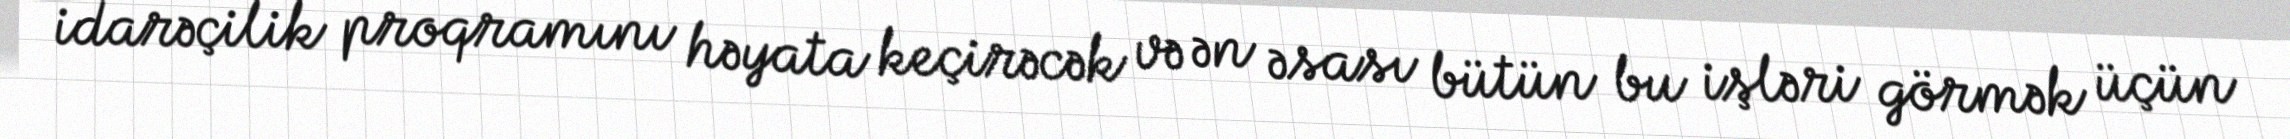
idarəçilik proqramını həyata keçirəcək və ən əsası bütün bu işləri görmək üçün